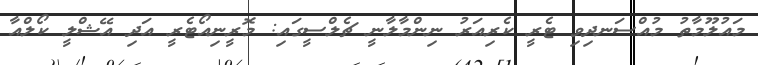
މައުލޫމާތު މުއްސަނދިވި ޓެރީ ކެރިއަރު ނިންމާލާނީ ޗެލްސީގައި: މޮރީނިއޯޓެރީ އަދި އޭޝްލީ ކޯލްއާ